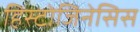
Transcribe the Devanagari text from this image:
हिस्टोजिनेसिस